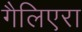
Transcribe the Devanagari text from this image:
गैलिएरा